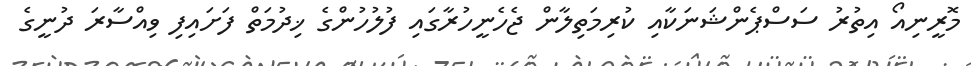
މޮރީނިއޯ އިތުރު ސަސްޕެންޝަނަކާއި ކުރިމަތިލާން ޖެހެނީހުރާގައި ފުލުހުންގެ ޚިދުމަތް ފަށައިފި ވިއްސާރަ ދުނީގެ